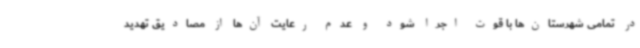
در تمامی شهرستان‌ها با قوت اجرا شود و عدم رعایت آن‌ها از مصادیق تهدید